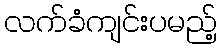
လက်ခံကျင်းပမည့်